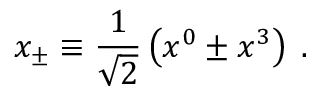
x _ { \pm } \equiv \frac 1 { \sqrt { 2 } } \left( x ^ { 0 } \pm x ^ { 3 } \right) \; .